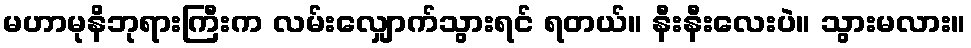
မဟာမုနိဘုရားကြီးက လမ်းလျှောက်သွားရင် ရတယ်။ နီးနီးလေးပဲ။ သွားမလား။